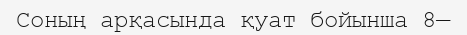
Соның арқасында қуат бойынша 8—